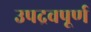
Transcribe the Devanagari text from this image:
उपद्रवपूर्ण